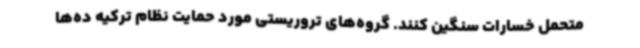
متحمل خسارات سنگین کنند. گروه‌های تروریستی مورد حمایت نظام ترکیه ده‌ها